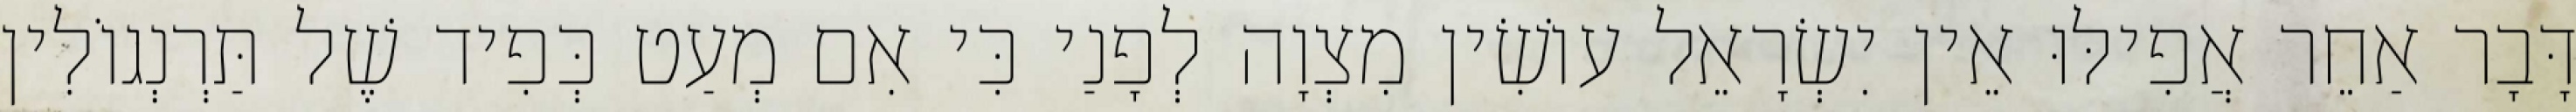
דָּבָר אַחֵר אֲפִילּוּ אֵין יִשְׂרָאֵל עוֹשִׂין מִצְוָה לְפָנַי כִּי אִם מְעַט כְּפִיד שֶׁל תַּרְנְגוֹלִין